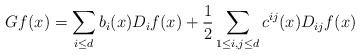
LaTeX: \begin{align*}G f(x) = \sum_{i \leq d} b_i(x) D_i f(x) + \frac{1}{2} \sum_{1 \leq i,j \leq d} c^{ij}(x)D_{ij} f(x)\end{align*}